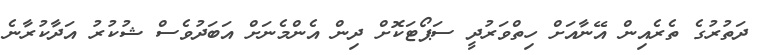
ދަތުރުގެ ތެރެއިން އޭނާއަށް ހިތްވަރުދީ ސަޕޯޓަކޮށް ދިން އެންމެނަށް އަބަދުވެސް ޝުކުރު އަދާކުރާނެ